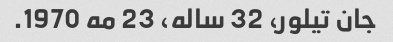
جان تیلور، 32 ساله، 23 مه 1970.